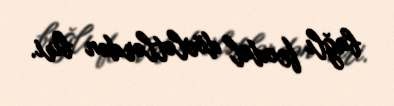
bağlı feodal dövlətlərdən biri.